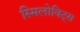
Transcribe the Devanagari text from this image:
स्मिलोविट्स